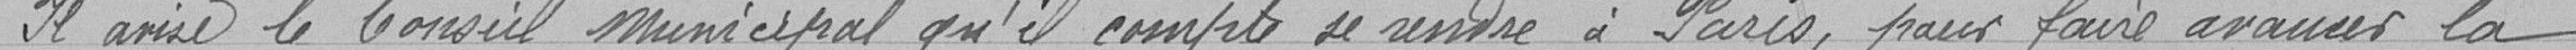
Il avise le Conseil Municipal qu'il compte se rendre à Paris pour faire avancer la